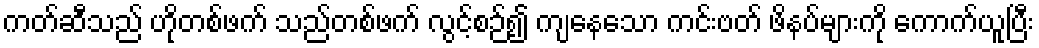
ကတ်ဆီသည် ဟိုတစ်ဖက် သည်တစ်ဖက် လွင့်စဉ်၍ ကျနေသော ကင်းဗတ် ဖိနပ်များကို ကောက်ယူပြီး